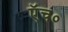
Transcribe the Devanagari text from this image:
एॅच०